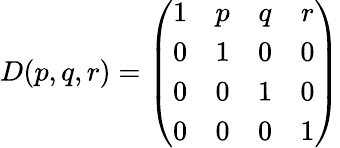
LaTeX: D(p,q,r)=\left(\begin{array}{cccc}{{1}}&{{p}}&{{q}}&{{r}}\\ {{0}}&{{1}}&{{0}}&{{0}}\\ {{0}}&{{0}}&{{1}}&{{0}}\\ {{0}}&{{0}}&{{0}}&{{1}}\end{array}\right)